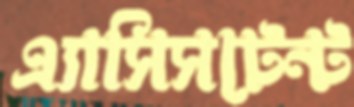
এ্যাসিসটেন্ট